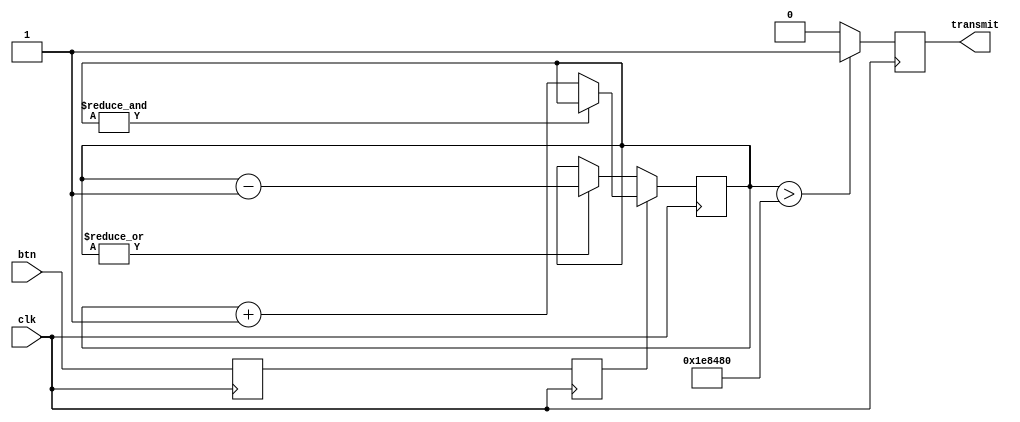
module Debounce_Signals #(parameter threshold =2000000)
(
    input clk,
    input btn, //take button value as input
    output reg transmit 
    );
    
    reg button_ff1=0; // btn value is fed to ff1
    reg button_ff2=0; //ff1 is fed to ff2 with 1 cycle delay
    reg [30:0] count=0; //20 bit count i.e 1000000 (threshold) for increment and decerement when button is pressed or released.
    

    
    always @(posedge clk)
    begin
        button_ff1<=btn;
        button_ff2<=button_ff1;
    end
    

   
   always @(posedge clk)
   begin
       if (button_ff2 == 1) 
          begin
              if (~&count == 1)  // every count is AND and then NOT eg 101 --> 1&0&1 = 0 --> ~0 == 1 if 111 --> 1&1&1 = 1 --> ~1 == 0 it voilate the condition ,also indicate that max limit(1111..) is not reached
                  count<=count+1; //when btn is pressed, count up
          end
       else 
          begin
             if (|count == 1) // every count is OR eg 101 --> 1 | 0 | 1 = 1 the condition is satisfy and also indicate that count is not at 0000...  
                 count<=count-1; //when btn is released, count down 
          end
             if (count>threshold) //if the count is larger than the threshhold
                 transmit<=1; //debounced signal is 1
             else
                 transmit<=0; //debounced signal is 0
  end
  
 endmodule